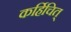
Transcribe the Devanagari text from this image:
कर्हिचित्